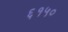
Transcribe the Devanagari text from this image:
६१५०